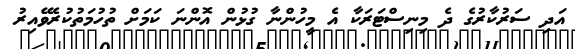
އަދި ސަރުކާރުގެ ދެ މިނިސްޓަރަކާ އެ މީހުންނާ ގުޅުން އޮންނަ ކަމަށް ތުހުމަތުކުރެވޭއިރު